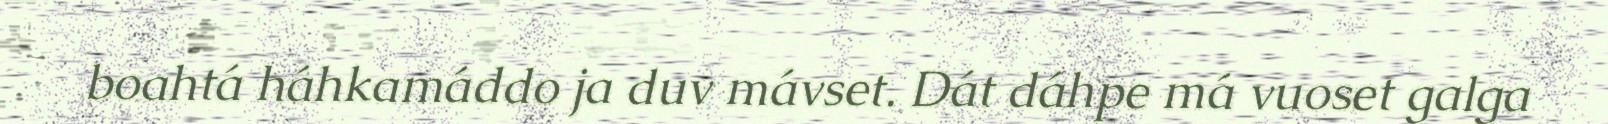
boahtá háhkamáddo ja duv mávset. Dát dáhpe má vuoset galga